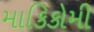
માકિકોમી